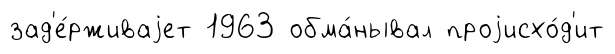
зад'е́рживаjет 1963 обма́нывал проjисхо́д'ит